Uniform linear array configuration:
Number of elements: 64
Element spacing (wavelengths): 0.25
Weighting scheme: cosine
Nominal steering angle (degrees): -45
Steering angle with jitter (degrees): -46.129
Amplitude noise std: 0.05
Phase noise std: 0.05

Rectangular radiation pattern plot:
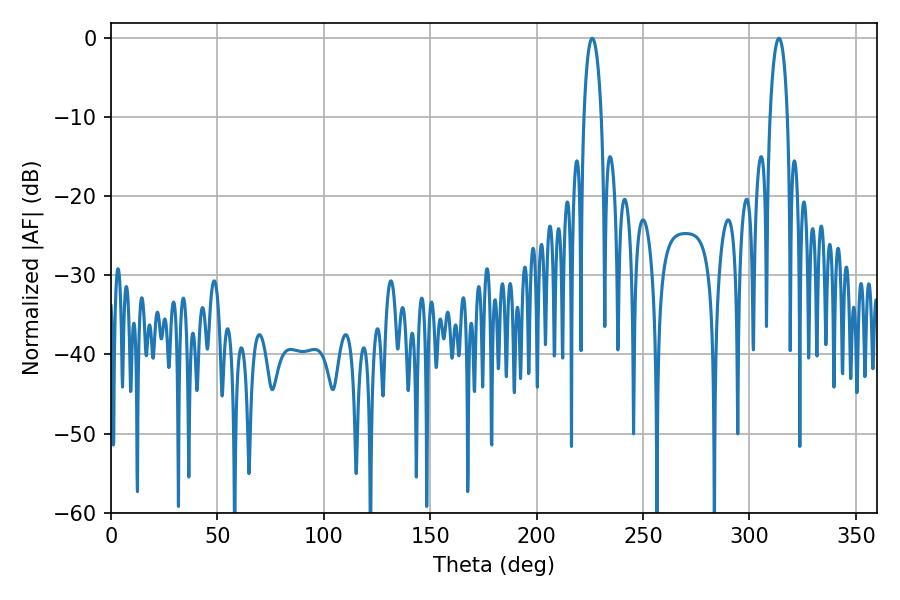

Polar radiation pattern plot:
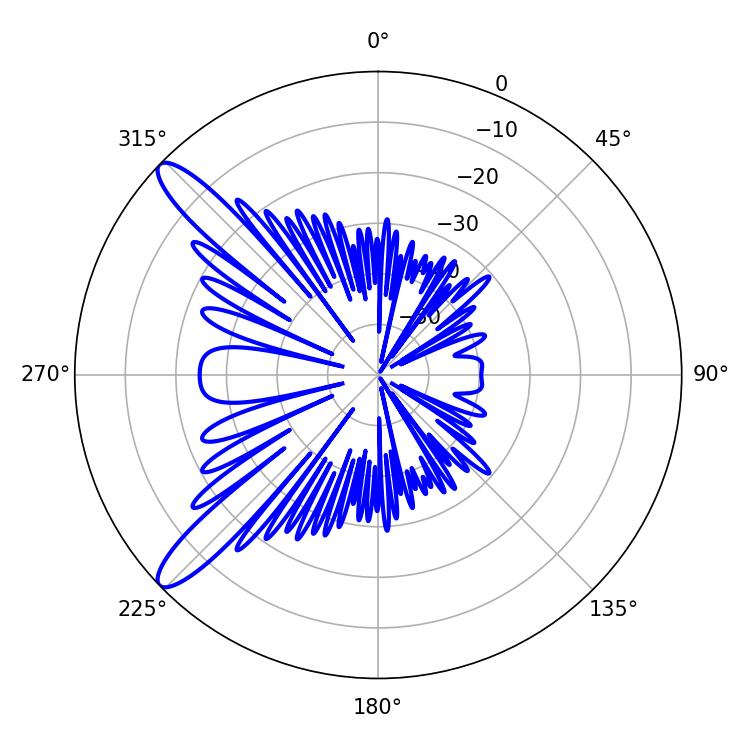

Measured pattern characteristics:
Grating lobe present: FALSE
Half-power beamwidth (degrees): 4.68
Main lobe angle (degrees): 226.08